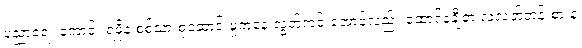
ပညာရေး ကောင်း ရဖို့နဲ့ စစ်သားစုဆောင်းမှုကနေ လွတ်ကင်းအောင်လည်း ထောင်နဲ့ချီတဲ့ လူလတ်တန်းစားနဲ့